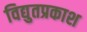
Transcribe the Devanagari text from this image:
विद्युतप्रकाश